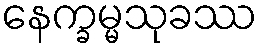
နေက္ခမ္မသုခဿ